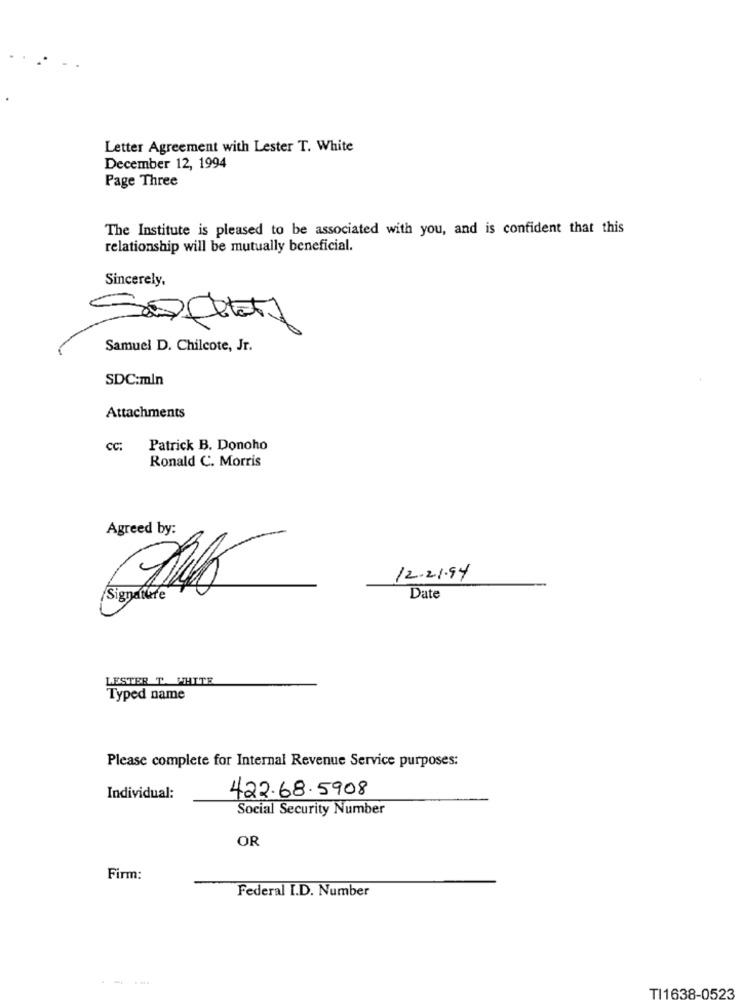
Letter Agreement with Lester T. White
December 12, 1994
Page Three
The Institute is pleased to be associated with you, and is confident that this
relationship will be mutually beneficial.
Sincerely,
Samuel D. Chilcote, Jr.
SDC:mln
Attachments
CC: Patrick B. Donoho
Ronald C. Morris
Agreed by:
12-21.94
Signature
Date
LESTER T. WHITE
Typed name
Please complete for Internal Revenue Service purposes:
422.68.5908
Individual:
Social Security Number
OR
Firm:
Federal I.D. Number
TI1638-0523